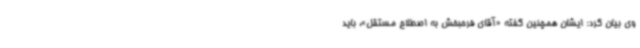
وی بیان کرد: ایشان همچنین گفته‌ «آقای فرحبخش به اصطلاح مستقل»، باید